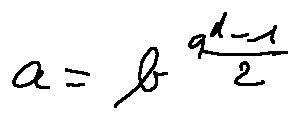
a = b ^ { \frac { q ^ { d } - 1 } { 2 } }